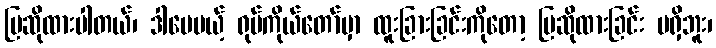
ပြဆိုထားပါတယ်၊ ဒါပေမယ့် ရုပ်ကိုယ်တော်မှာ ထူးခြားခြင်းကိုတော့ ပြဆိုထားခြင်း မရှိဘူး၊